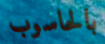
بالحاسوب